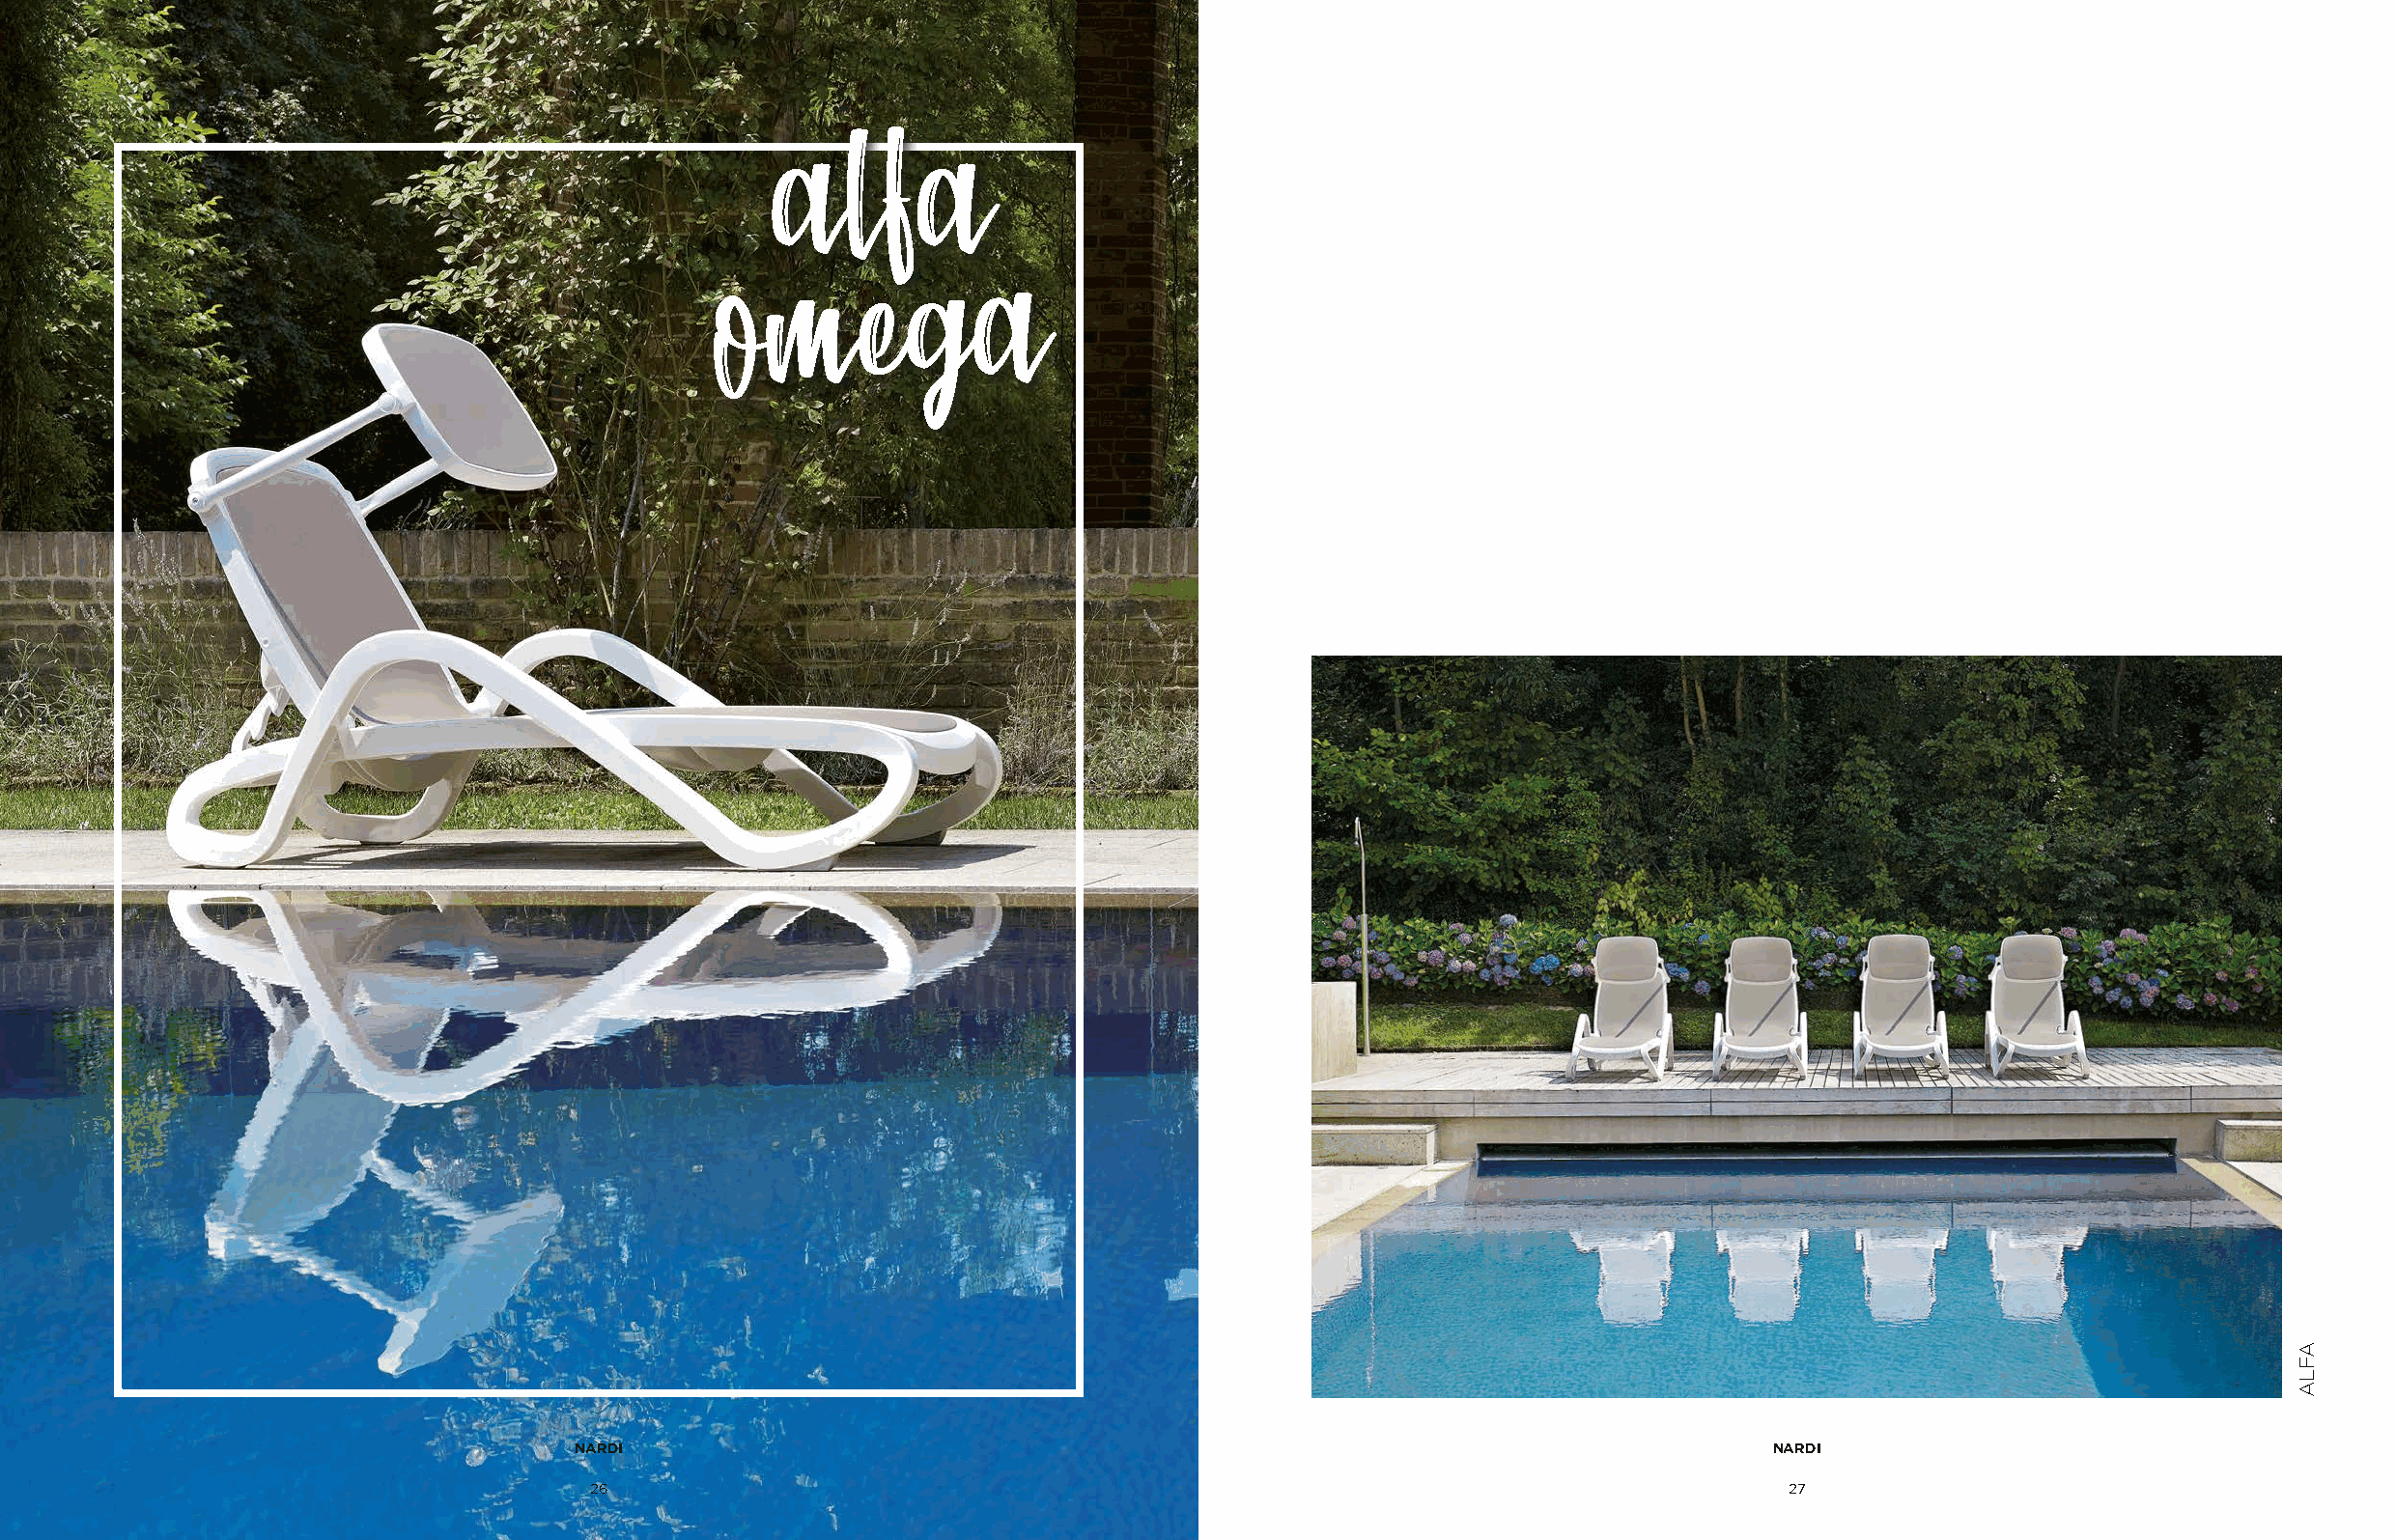
alfa
 omega
 NARDI                                                                              NARDI
 26                                                                                 27
 AFLA